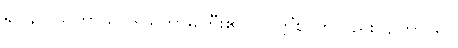
၍။ ဥပါသိကာယ၊ ဒါယိကာမကြီး၏။ ပဝတ္တိံစ၊ ကိုလည်း။ ဉတွာ၊ ၍။